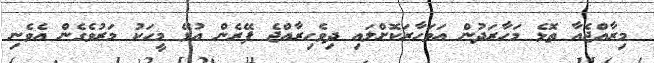
މިރާއްޖެއާ ތޮޅެ މަހާރަދުން އަވަހާރަކޮށްލައި ދިވެހިރާއްޖެ ފޭރެން އުޅޭ މީހަކު މަރުވެގެން އެވެނި